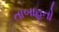
તાબાહતો